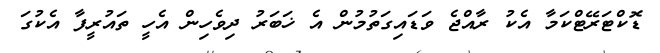
ޑޮކްޓަރޭޓްކަމާ އެކު ރާއްޖެ ވަޑައިގަތުމުން އެ ޚަބަރު ދިވެހިން އެހީ ތައުރީފާ އެކުގަ